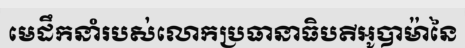
មេដឹកនាំរបស់លោកប្រធានាធិបតីអូបាម៉ានៃ